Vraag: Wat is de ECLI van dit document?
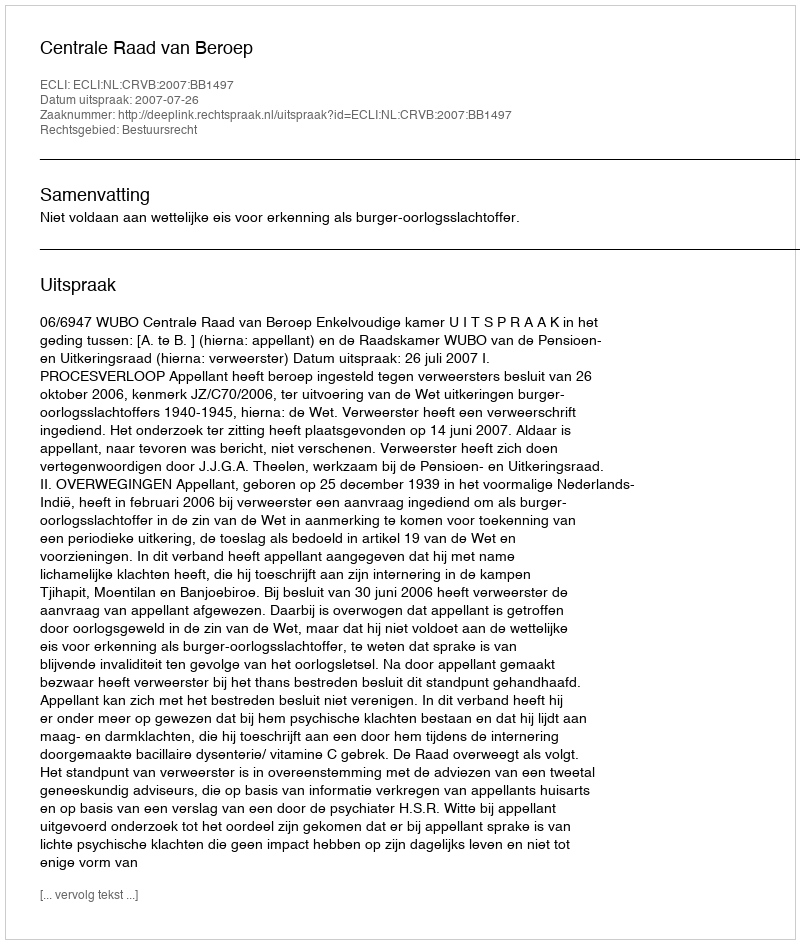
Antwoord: ECLI:NL:CRVB:2007:BB1497